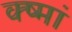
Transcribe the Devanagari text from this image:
क्ष्मां